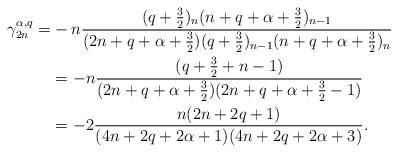
LaTeX: \begin{align*}\gamma_{2n}^{\alpha,q}=&-n\frac{(q+\frac 32)_{n}(n+q+\alpha+\frac 32)_{n-1}}{(2n+q+\alpha+\frac 32)(q+\frac 32)_{n-1}(n+q+\alpha+\frac 32)_{n}}\\&=-n\frac{(q+\frac 32+n-1)}{(2n+q+\alpha+\frac32)(2n+q+\alpha+\frac 32-1)}\\&=-2\frac{n(2n+2q+1)}{(4n+2q+2\alpha+1)(4n+2q+2\alpha+3)}.\end{align*}